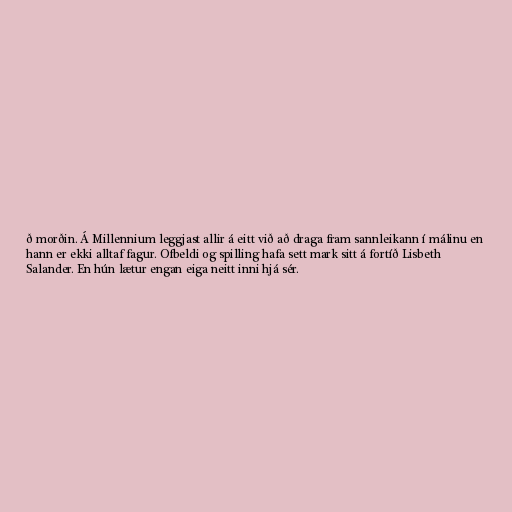
ð morðin. Á Millennium leggjast allir á eitt við að draga fram sannleikann í málinu en
hann er ekki alltaf fagur. Ofbeldi og spilling hafa sett mark sitt á fortíð Lisbeth
Salander. En hún lætur engan eiga neitt inni hjá sér.